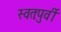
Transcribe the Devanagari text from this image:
स्वतःपुर्वी